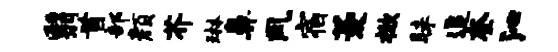
翳首部颜芥琳鼻风宿菱掀昧追奎沁